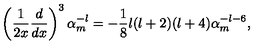
\left( { \frac { 1 } { 2 x } } { \frac { d } { d x } } \right) ^ { 3 } \alpha _ { m } ^ { - l } = - { \frac { 1 } { 8 } } l ( l + 2 ) ( l + 4 ) \alpha _ { m } ^ { - l - 6 } ,